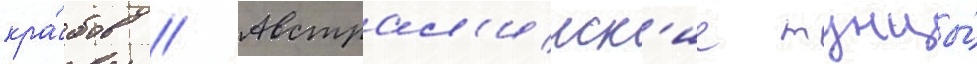
кра́бов // Австрал'ииск'ие тунцы́